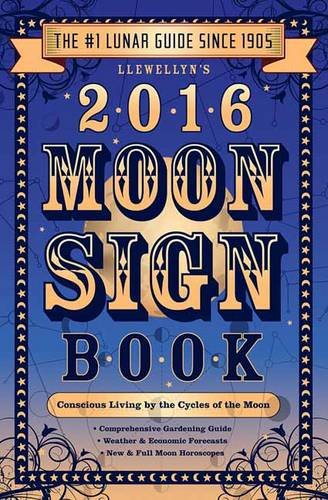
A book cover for Llewellyn's 2016 Moon Sign Book: Conscious Living by the Cycles of the Moon (Llewellyn's Moon Sign Books); Mireille Blacke; Religion & Spirituality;